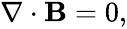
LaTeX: \begin{array}{r}{\nabla\cdot\textbf{B}=0,}\end{array}